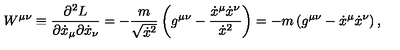
W ^ { \mu \nu } \equiv \frac { \partial ^ { 2 } L } { \partial \dot { x } _ { \mu } \partial \dot { x } _ { \nu } } = - \frac { m } { \sqrt { \dot { x } ^ { 2 } } } \left( g ^ { \mu \nu } - \frac { \dot { x } ^ { \mu } \dot { x } ^ { \nu } } { \dot { x } ^ { 2 } } \right) = - m \left( g ^ { \mu \nu } - \dot { x } ^ { \mu } \dot { x } ^ { \nu } \right) ,